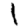
Digit: 1